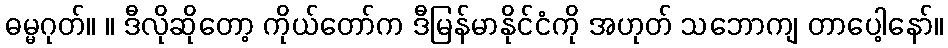
ဓမ္မဂုတ်။ ။ ဒီလိုဆိုတော့ ကိုယ်တော်က ဒီမြန်မာနိုင်ငံကို အဟုတ် သဘောကျ တာပေါ့နော်။